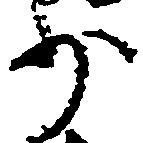
少